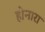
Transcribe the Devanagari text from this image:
होनारा